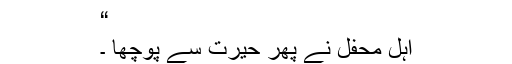
“
اہلِ محفل نے پھر حیرت سے پوچھا ۔